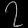
Digit: ၇